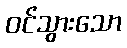
ဝင်သွားသော